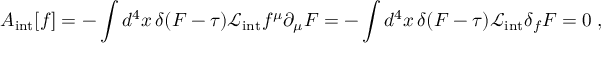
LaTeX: A _ { \mathrm { i n t } } [ f ] = - \int d ^ { 4 } x \, \delta ( F - \tau ) \mathcal { L } _ { \mathrm { i n t } } f ^ { \mu } \partial _ { \mu } F = - \int d ^ { 4 } x \, \delta ( F - \tau ) \mathcal { L } _ { \mathrm { i n t } } \delta _ { f } F = 0 \; ,